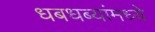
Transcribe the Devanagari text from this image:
धबधब्यांमध्ये